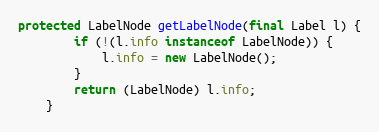
Language: Java
protected LabelNode getLabelNode(final Label l) {
        if (!(l.info instanceof LabelNode)) {
            l.info = new LabelNode();
        }
        return (LabelNode) l.info;
    }